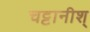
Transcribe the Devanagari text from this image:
चट्टानीश्